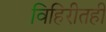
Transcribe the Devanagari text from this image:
विहिरीतही